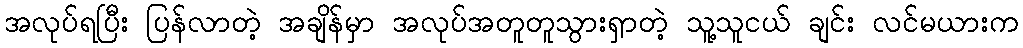
အလုပ်ရပြီး ပြန်လာတဲ့ အချိန်မှာ အလုပ်အတူတူသွားရှာတဲ့ သူ့သူငယ် ချင်း လင်မယားက